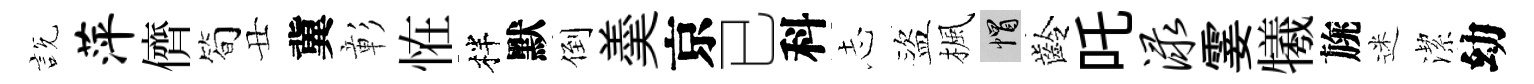
説萍儕简丑冀彰恠柈默倒羮京已科𢖽盜楓帽齡吒渌霎犧旐迷潔幼